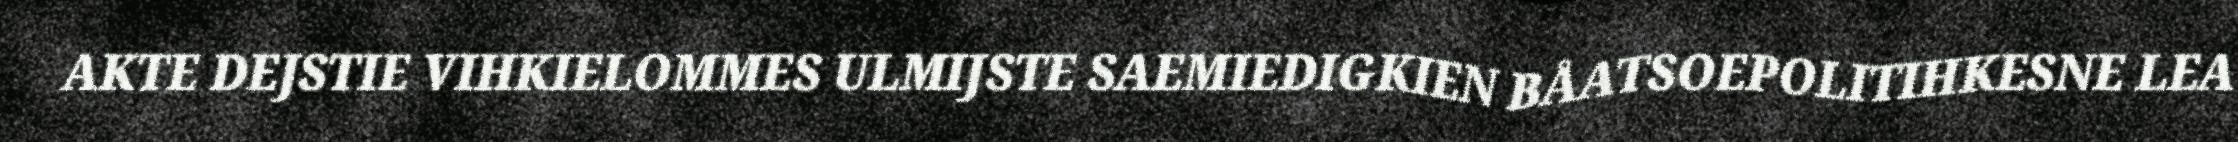
AKTE DEJSTIE VIHKIELOMMES ULMIJSTE SAEMIEDIGKIEN BÅATSOEPOLITIHKESNE LEA